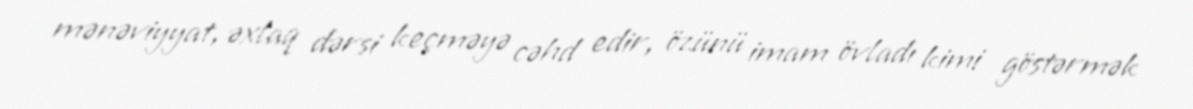
mənəviyyat, əxlaq dərsi keçməyə cəhd edir, özünü imam övladı kimi göstərmək